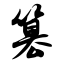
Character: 篡